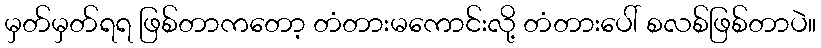
မှတ်မှတ်ရရ ဖြစ်တာကတော့ တံတားမကောင်းလို့ တံတားပေါ် စလစ်ဖြစ်တာပဲ။